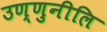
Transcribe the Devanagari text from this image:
उण्णुनीलि